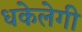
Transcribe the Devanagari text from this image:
धकेलेगी